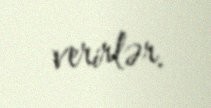
verirlər.